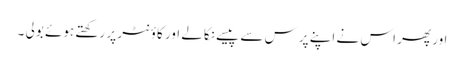
اور پھر اس نے اپنے پرس سے پیسے نکالے اور کاؤنٹر پر رکھتے ہوئے بولی ۔